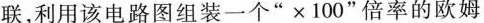
联，利用该电路图组装一个”\times 100”倍率的欧姆